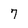
Character: 7